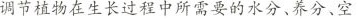
调节植物在生长过程中所需要的水分、养分、空